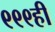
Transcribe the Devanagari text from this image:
९९९ही